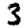
Digit: 3